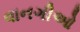
વાનગીઓ